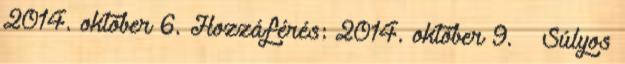
2014. október 6. Hozzáférés: 2014. október 9. ↑ Súlyos